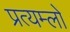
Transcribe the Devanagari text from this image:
प्रत्यम्लों